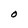
Character: O